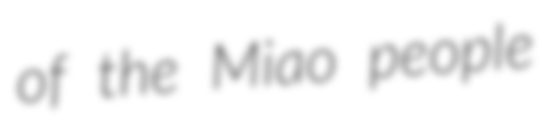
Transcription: of the Miao people